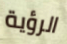
الرؤية